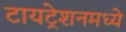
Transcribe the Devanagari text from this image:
टायट्रेशनमध्ये